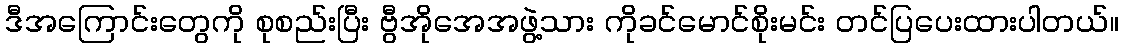
ဒီအကြောင်းတွေကို စုစည်းပြီး ဗွီအိုအေအဖွဲ့သား ကိုခင်မောင်စိုးမင်း တင်ပြပေးထားပါတယ်။